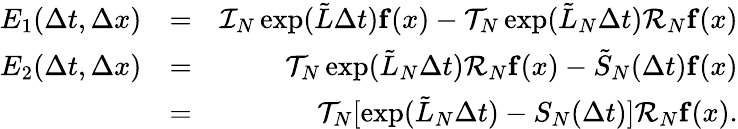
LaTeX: \begin{array}{rlr}{E_{1}(\Delta t,\Delta x)}&{=}&{{\cal I}_{N}\exp(\tilde{L}\Delta t){\mathbf f}(x)-{\cal T}_{N}\exp(\tilde{L}_{N}\Delta t){\cal R}_{N}{\mathbf f}(x)}\\ {E_{2}(\Delta t,\Delta x)}&{=}&{{\cal T}_{N}\exp(\tilde{L}_{N}\Delta t){\cal R}_{N}{\mathbf f}(x)-\tilde{S}_{N}(\Delta t){\mathbf f}(x)}\\ &{=}&{{\cal T}_{N}[\exp(\tilde{L}_{N}\Delta t)-S_{N}(\Delta t)]{\cal R}_{N}{\mathbf f}(x).}\end{array}